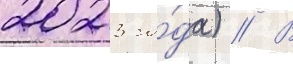
2023 го́да) // В